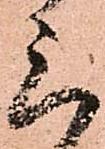
三